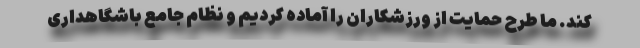
کند. ما طرح حمایت از ورزشکاران را آماده کردیم و نظام جامع باشگاهداری